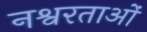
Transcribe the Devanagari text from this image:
नश्वरताओं